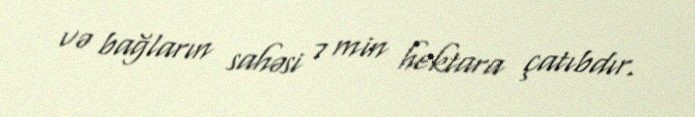
və bağların sahəsi 7 min hektara çatıbdır.